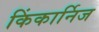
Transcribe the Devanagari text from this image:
किंकार्निज